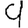
Digit: 9